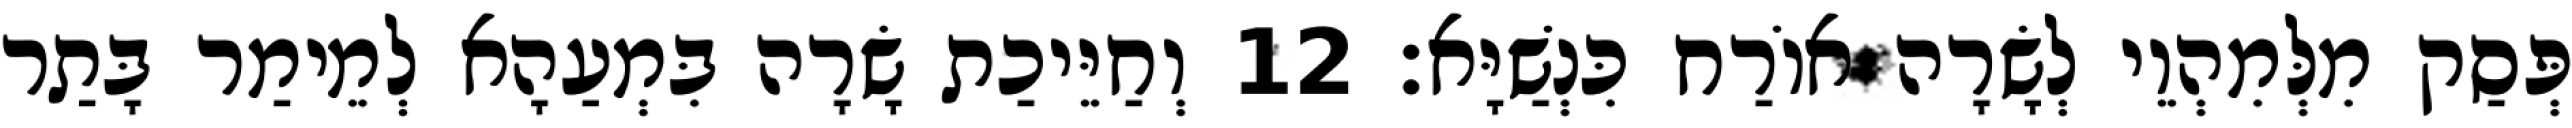
פְּסַק מִלְּמִהְוֵי לְשָׂרָה אוֹרַח כִּנְשַׁיָּא׃ 12 וְחַיֵּיכַת שָׂרָה בִּמְעַהָא לְמֵימַר בָּתַר